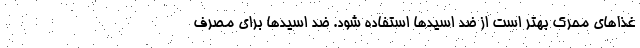
غذاهای محرک بهتر است از ضد اسیدها استفاده شود. ضد اسیدها برای مصرف